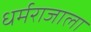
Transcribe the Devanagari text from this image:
धर्मराजाला